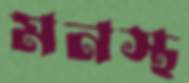
মনস্থ